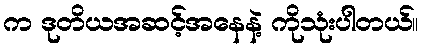
က ဒုတိယအဆင့်အနေနဲ့ ကိုသုံးပါတယ်။